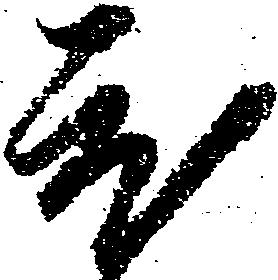
ひ